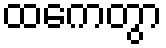
ထကေတွာ